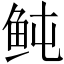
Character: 鲀